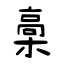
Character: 槀